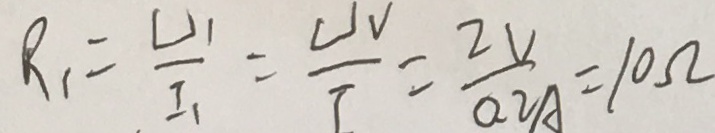
R _ { 1 } = \frac { U _ { 1 } } { I _ { 1 } } = \frac { U V } { I } = \frac { 2 V } { 0 . 2 A } = 1 0 \Omega